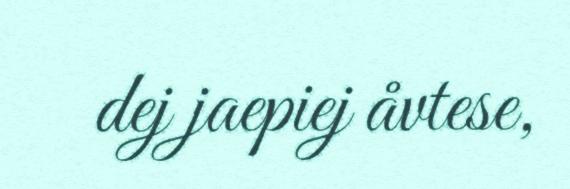
dej jaepiej åvtese,